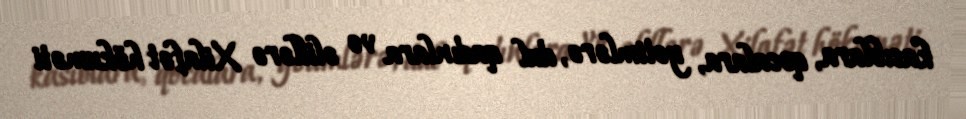
kasıblara, qocalara, yetimlərə, dul qadınlara və əlillərə Xilafət hökuməti